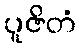
ပူဇိတံ